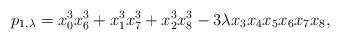
LaTeX: \begin{align*}p_{1,\lambda}=x_0^3x_6^3+x_1^3x_7^3+x_2^3x_8^3-3\lambda x_3x_4x_5x_6x_7x_8,\end{align*}